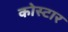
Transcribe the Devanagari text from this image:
कोस्टार